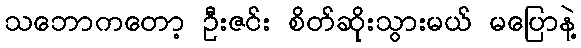
သဘောကတော့ ဦးဇင်း စိတ်ဆိုးသွားမယ် မပြောနဲ့